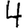
Digit: 4